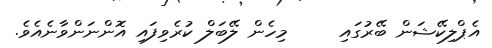
އެޕްލިކޭޝަން ބޭރުގައި     މިހެން ލޭބަލް ކުރެވިފައި އޮންނަންވާނެއެވެ.